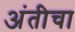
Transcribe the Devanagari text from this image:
अंतीचा